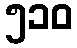
၅၁၀